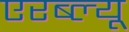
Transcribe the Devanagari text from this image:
एरब्ल्यू